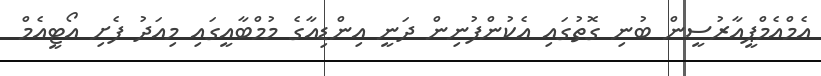
އެމްއެމްޕީއާރުސީން ބުނި ގޮތުގައި އެކުންފުނިން ދަނީ އިންޑިއާގެ މުމްބާއީގައި މިއަދު ފެށި އޯޓީއެމް